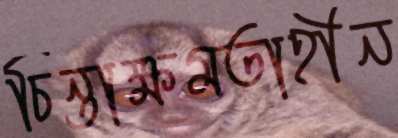
চিন্তাক্ষমতাহীন